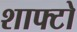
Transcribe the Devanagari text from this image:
शाफ्टो